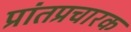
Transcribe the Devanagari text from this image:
प्रांतप्रचारक